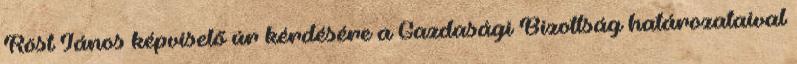
Röst János képviselő úr kérdésére a Gazdasági Bizottság határozataival